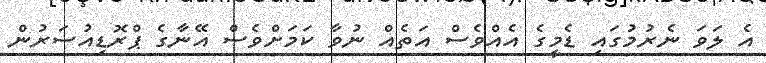
އެ ލަވަ ނެރުމުގައި ޑެމީގެ އެއްވެސް އަތެއް ނުވާ ކަމަށްވެސް އޭނާގެ ޕްރޮޑިއުސަރުން